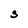
Character: S